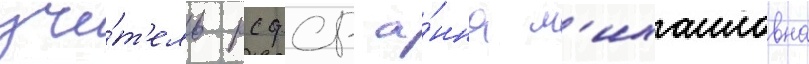
учи́т'ель рсфср а́нна м'ихаиловна